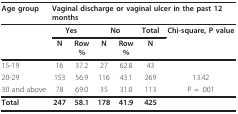
<table><thead><tr><td><b>Age group</b></td><td colspan="6"><b>Vaginal discharge or vaginal ulcer in the past 12 months</b></td></tr></thead><tbody><tr><td></td><td colspan="2"><b>Yes</b></td><td colspan="2"><b>No</b></td><td><b>Total</b></td><td><b>Chi-square, P value</b></td></tr><tr><td></td><td><b>N</b></td><td><b>Row</b><b>%</b></td><td><b>N</b></td><td><b>Row</b><b>%</b></td><td><b>N</b></td><td></td></tr><tr><td>15-19</td><td>16</td><td>37.2</td><td>27</td><td>62.8</td><td>43</td><td></td></tr><tr><td>20-29</td><td>153</td><td>56.9</td><td>116</td><td>43.1</td><td>269</td><td>13.42</td></tr><tr><td>30 and above</td><td>78</td><td>69.0</td><td>35</td><td>31.0</td><td>113</td><td>P = .001</td></tr><tr><td><b>Total</b></td><td><b>247</b></td><td><b>58.1</b></td><td><b>178</b></td><td><b>41.9</b></td><td><b>425</b></td><td></td></tr></tbody></table>